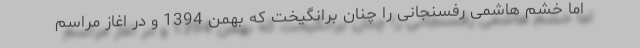
اما خشم هاشمی رفسنجانی را چنان برانگیخت که بهمن 1394 و در اغاز مراسم